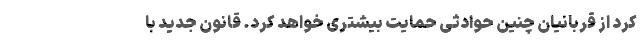
کرد از قربانیان چنین حوادثی حمایت بیشتری خواهد کرد. قانون جدید با